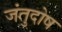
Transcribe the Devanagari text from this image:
जंतुदोष